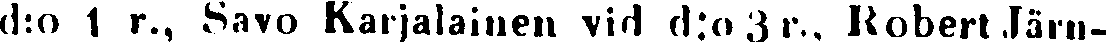
d:o 1 r., Savo Karjalainen vid d:o 3r., Robert Järn-